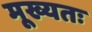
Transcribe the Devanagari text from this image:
मूख्यतः